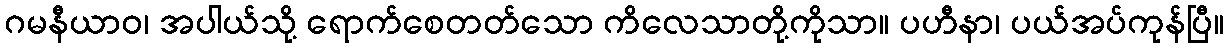
ဂမနီယာဝ၊ အပါယ်သို့ ရောက်စေတတ်သော ကိလေသာတို့ကိုသာ။ ပဟီနာ၊ ပယ်အပ်ကုန်ပြီ။